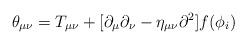
LaTeX: \begin{align*}\theta_{\mu\nu} = T_{\mu\nu} + [\partial_\mu \partial_\nu - \eta_{\mu\nu}{\partial}^2] f(\phi_i)\end{align*}